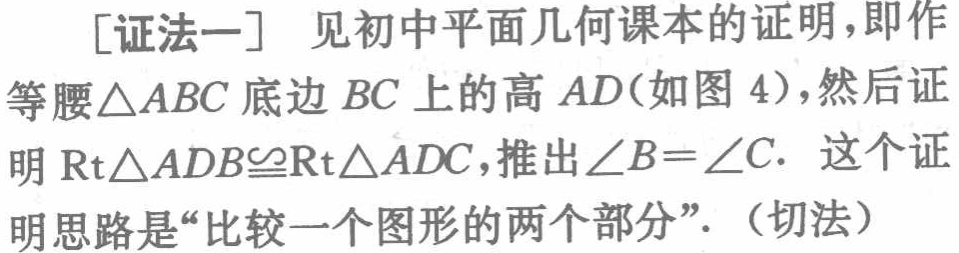
[证法一] 见初中平面几何课本的证明，即作

等腰\(\triangle ABC\)底边 \(BC\)上的高 \(AD\)(如图 4)，然后证

明 \(\text{Rt}\triangle ADB\cong\text{Rt}\triangle ADC\)，推出\(\angle B = \angle C\). 这个证

明思路是“比较一个图形的两个部分”.（切法）